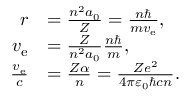
{ \begin{array} { r l } { r } & { = { \frac { n ^ { 2 } a _ { 0 } } { Z } } = { \frac { n \hbar } { m v _ { \mathrm { e } } } } , } \\ { v _ { \mathrm { e } } } & { = { \frac { Z } { n ^ { 2 } a _ { 0 } } } { \frac { n \hbar } { m } } , } \\ { { \frac { v _ { \mathrm { e } } } { c } } } & { = { \frac { Z \alpha } { n } } = { \frac { Z e ^ { 2 } } { 4 \pi \varepsilon _ { 0 } \hbar c n } } . } \end{array} }